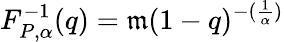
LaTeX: F_{P,\alpha}^{-1}(q)=\mathfrak{m}(1-q)^{-(\frac{{1}}{{\alpha}})}